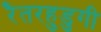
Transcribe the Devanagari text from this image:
रैतरहुडुगी